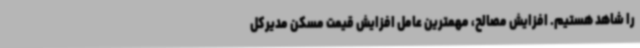
را شاهد هستیم. افزایش مصالح، مهمترین عامل افزایش قیمت مسکن مدیرکل